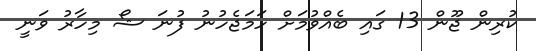
ކުރިން ޖޫން 13 ގައި ބެއްވުމަށް ހަމަޖެހުނު ފުނަ ޝޯ މިހާރު ވަނީ